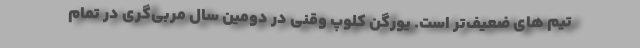
تیم های ضعیف‌تر است. یورگن کلوپ وقنی در دومین سال مربی‌گری در تمام